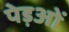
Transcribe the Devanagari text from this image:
पेड़ओं